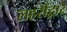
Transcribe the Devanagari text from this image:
लहरींद्वारे